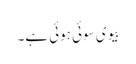
بیوی سوئی ہوئی ہے۔